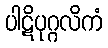
ပါဋိပုဂ္ဂလိကံ